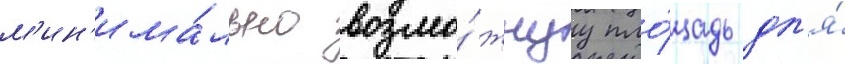
м'ин'има́льно возмо́жнуу пло́щадь дл'я́